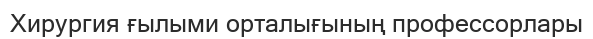
Хирургия ғылыми орталығының профессорлары